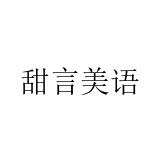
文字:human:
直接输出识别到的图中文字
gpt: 甜言美语